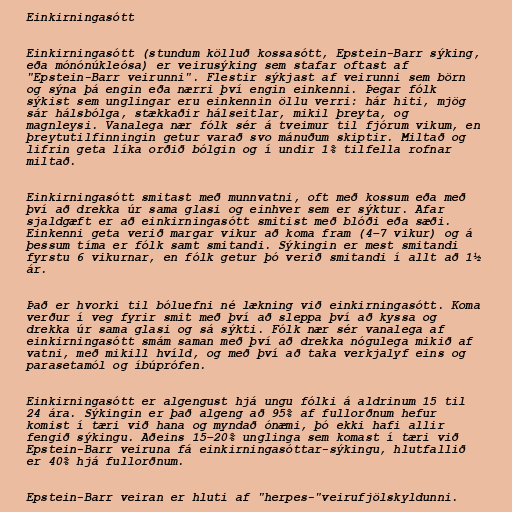
Einkirningasótt

Einkirningasótt (stundum kölluð kossasótt, Epstein-Barr sýking,
eða mónónúkleósa) er veirusýking sem stafar oftast af
"Epstein-Barr veirunni". Flestir sýkjast af veirunni sem börn
og sýna þá engin eða nærri því engin einkenni. Þegar fólk
sýkist sem unglingar eru einkennin öllu verri: hár hiti, mjög
sár hálsbólga, stækkaðir hálseitlar, mikil þreyta, og
magnleysi. Vanalega nær fólk sér á tveimur til fjórum vikum, en
þreytutilfinningin getur varað svo mánuðum skiptir. Miltað og
lifrin geta líka orðið bólgin og í undir 1% tilfella rofnar
miltað.

Einkirningasótt smitast með munnvatni, oft með kossum eða með
því að drekka úr sama glasi og einhver sem er sýktur. Afar
sjaldgæft er að einkirningasótt smitist með blóði eða sæði.
Einkenni geta verið margar vikur að koma fram (4–7 vikur) og á
þessum tíma er fólk samt smitandi. Sýkingin er mest smitandi
fyrstu 6 vikurnar, en fólk getur þó verið smitandi í allt að 1½
ár.

Það er hvorki til bóluefni né lækning við einkirningasótt. Koma
verður í veg fyrir smit með því að sleppa því að kyssa og
drekka úr sama glasi og sá sýkti. Fólk nær sér vanalega af
einkirningasótt smám saman með því að drekka nógulega mikið af
vatni, með mikill hvíld, og með því að taka verkjalyf eins og
parasetamól og íbúprófen.

Einkirningasótt er algengust hjá ungu fólki á aldrinum 15 til
24 ára. Sýkingin er það algeng að 95% af fullorðnum hefur
komist í tæri við hana og myndað ónæmi, þó ekki hafi allir
fengið sýkingu. Aðeins 15–20% unglinga sem komast í tæri við
Epstein-Barr veiruna fá einkirningasóttar-sýkingu, hlutfallið
er 40% hjá fullorðnum.

Epstein-Barr veiran er hluti af "herpes-"veirufjölskyldunni.